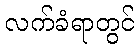
လက်ခံရာတွင်